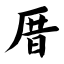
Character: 厝